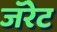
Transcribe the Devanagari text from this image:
जॅरेट